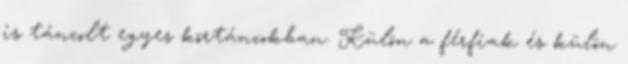
is táncolt egyes körtáncokban. Külön a férfiak és külön